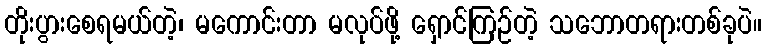
တိုးပွားစေရမယ်တဲ့၊ မကောင်းတာ မလုပ်ဖို့ ရှောင်ကြဉ်တဲ့ သဘောတရားတစ်ခုပဲ။